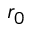
r _ { 0 }